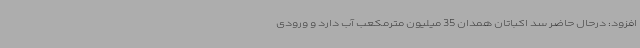
افزود: درحال حاضر سد اکباتان همدان 35 میلیون مترمکعب آب دارد و ورودی